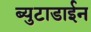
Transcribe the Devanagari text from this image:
ब्युटाडाईन